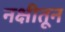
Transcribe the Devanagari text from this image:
नक्षीतून